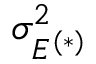
\sigma _ { E ^ { ( * ) } } ^ { 2 }